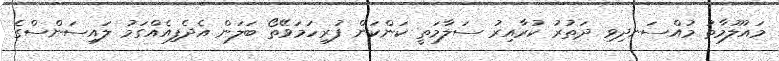
މައުލޫމާތު މުއްސަނދިވި ދަތުރު ކުރާއިރު ސަލާމަތީ ކަންކަން ފުރިހަމަވޭތޯ ބަލަން އެދެފިއެއްގަމު ލައިސަންސްގެ